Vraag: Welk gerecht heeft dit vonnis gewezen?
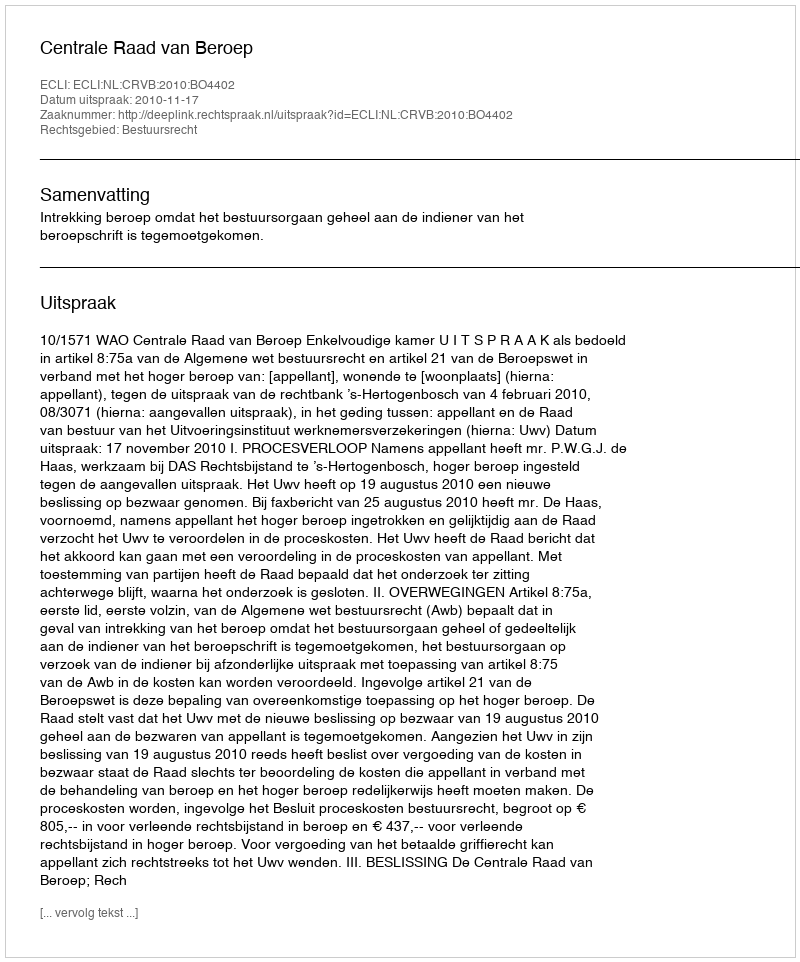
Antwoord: Centrale Raad van Beroep